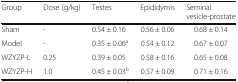
| Group | Dose (g/kg) | Testes | Epididymis | Seminal vesicle-prostate |
 | --- | --- | --- | --- | --- |
 | Sham | - | 0.54 ± 0.16 | 0.56 ± 0.06 | 0.68 ± 0.14 |
 | Model | - | 0.35 ± 0.06a | 0.54 ± 0.12 | 0.67 ± 0.07 |
 | WZYZP-L | 0.25 | 0.39 ± 0.05 | 0.58 ± 0.16 | 0.65 ± 0.08 |
 | WZYZP-H | 1.0 | 0.45 ± 0.03b | 0.57 ± 0.09 | 0.71 ± 0.16 |